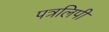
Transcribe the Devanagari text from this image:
पत्रलिपी